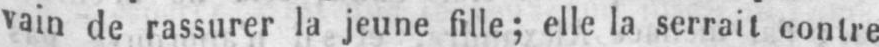
vain de rassurer la jeune fille; elle la serrait contre